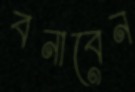
বনাবেন